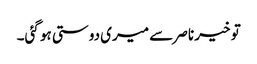
تو خیر ناصر سے میری دوستی ہو گئی۔